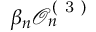
\beta _ { n } \mathcal { O } _ { n } ^ { ( \mathrm { ~ 3 ~ } ) }